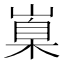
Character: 𡺼